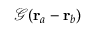
\mathcal { G } ( \mathbf { r } _ { a } - \mathbf { r } _ { b } )